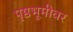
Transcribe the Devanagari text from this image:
पृष्ठभूमीवर